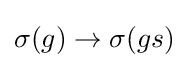
\sigma (g)\to \sigma (gs)